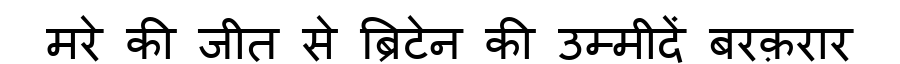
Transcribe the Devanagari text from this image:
मरे की जीत से ब्रिटेन की उम्मीदें बरक़रार